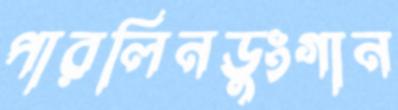
পারলিনডুংগান